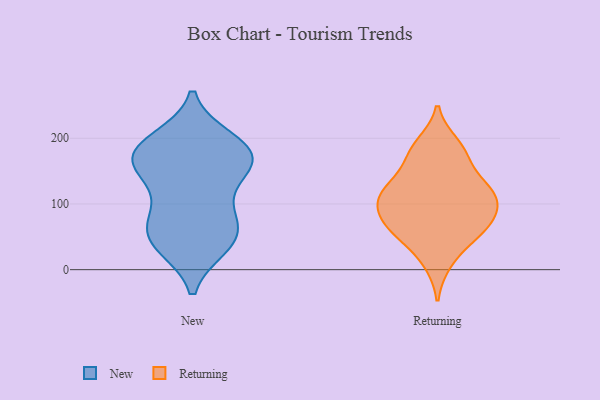
{"axis": {"x": "Customer Acquisition Cost (USD)", "y": "Value"}, "legend": ["New", "Returning"], "data": [{"x": "", "y": 60, "type": "New"}, {"x": "", "y": 99, "type": "New"}, {"x": "", "y": 154, "type": "New"}, {"x": "", "y": 60, "type": "New"}, {"x": "", "y": 146, "type": "New"}, {"x": "", "y": 177, "type": "New"}, {"x": "", "y": 37, "type": "New"}, {"x": "", "y": 184, "type": "New"}, {"x": "", "y": 35, "type": "New"}, {"x": "", "y": 199, "type": "New"}, {"x": "", "y": 154, "type": "New"}, {"x": "", "y": 179, "type": "New"}, {"x": "", "y": 69, "type": "New"}, {"x": "", "y": 88, "type": "New"}, {"x": "", "y": 174, "type": "New"}, {"x": "", "y": 36, "type": "New"}, {"x": "", "y": 199, "type": "New"}, {"x": "", "y": 152, "type": "New"}, {"x": "", "y": 98, "type": "Returning"}, {"x": "", "y": 48, "type": "Returning"}, {"x": "", "y": 129, "type": "Returning"}, {"x": "", "y": 65, "type": "Returning"}, {"x": "", "y": 57, "type": "Returning"}, {"x": "", "y": 105, "type": "Returning"}, {"x": "", "y": 179, "type": "Returning"}, {"x": "", "y": 119, "type": "Returning"}, {"x": "", "y": 130, "type": "Returning"}, {"x": "", "y": 84, "type": "Returning"}, {"x": "", "y": 170, "type": "Returning"}, {"x": "", "y": 110, "type": "Returning"}, {"x": "", "y": 11, "type": "Returning"}, {"x": "", "y": 71, "type": "Returning"}, {"x": "", "y": 191, "type": "Returning"}]}